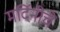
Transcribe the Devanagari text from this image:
मर्दिनीचे